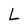
Character: L